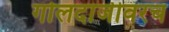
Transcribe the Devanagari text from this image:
गोलदाजीवरच